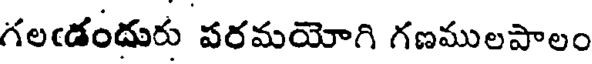
గలఁడందురు వరమయోగి గణములపాలం